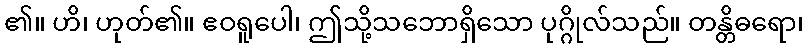
၏။ ဟိ၊ ဟုတ်၏။ ဧဝရူပေါ၊ ဤသို့သဘောရှိသော ပုဂ္ဂိုလ်သည်။ တန္တိဓရော၊